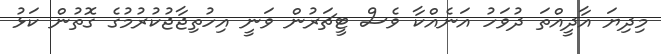
މިދިޔަ އާދީއްތަ ދުވަހު އަނެއްކާ ވެސް ޓީޗަރުން ވަނީ އިހުތިޖާޖުކުރުމުގެ ގޮތުން ކަޅު